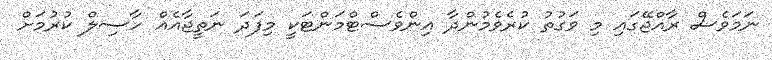
ނަމަވެސް ރާއްޖޭގައި މި ވަގުތު ކުރެވެމުންދާ އިންވެސްޓްމަންޓަކީ މިފަދަ ނަތީޖާއެއް ހާސިލް ކުރުމަށް